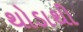
થોડાથી